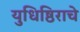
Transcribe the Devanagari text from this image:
युधिष्ठिराचे